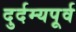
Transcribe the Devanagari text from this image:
दुर्दम्यपूर्व